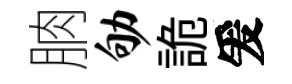
朒劬詭爰